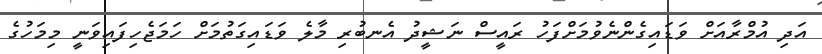
އަދި އުމްރާއަށް ވަޑައިގެންނެވުމަށްފަހު ރައީސް ނަޝީދު އެނބުރި މާލެ ވަޑައިގަތުމަށް ހަމަޖެހިފައިވަނީ މިމަހުގެ